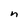
Character: n